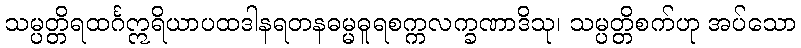
သမ္ပတ္တိရထင်္ဂဣရိယာပထဒါနရတနဓမ္မဓူရစက္ကလက္ခဏာဒိသု၊ သမ္ပတ္တိစက်ဟု အပ်သော